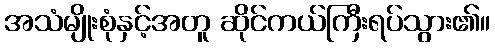
အသံမျိုးစုံနှင့်အတူ ဆိုင်ကယ်ကြီးရပ်သွား၏။